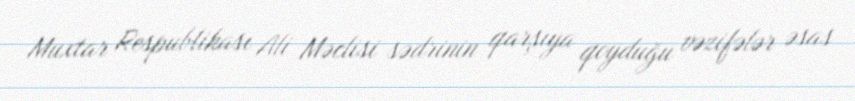
Muxtar Respublikası Ali Məclisi sədrinin qarşıya qoyduğu vəzifələr əsas